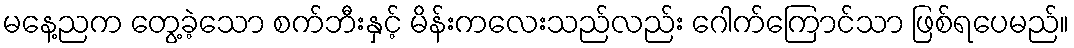
မနေ့ညက တွေ့ခဲ့သော စက်ဘီးနှင့် မိန်းကလေးသည်လည်း ဂေါက်ကြောင်သာ ဖြစ်ရပေမည်။